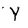
Character: Y